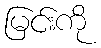
မြင်းကို